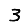
Digit: 3